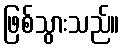
ဖြစ်သွားသည်။